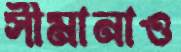
সীমানাও